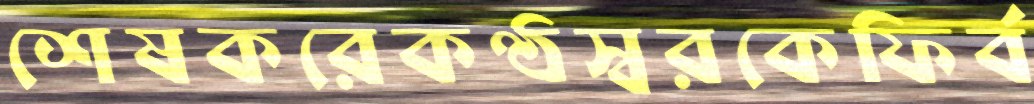
শেষকরেকণ্ঠস্বরকেফির্ব